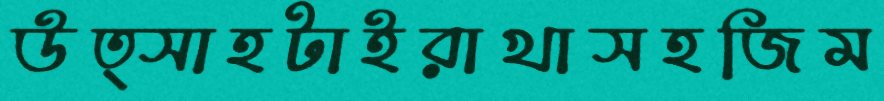
উত্সাহটাইরাখাসহজিম